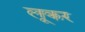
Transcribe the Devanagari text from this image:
लूकर